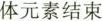
体元素结束